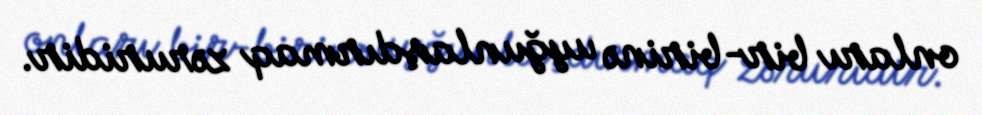
onları bir-birinə uyğunlaşdırmaq zəruridir.